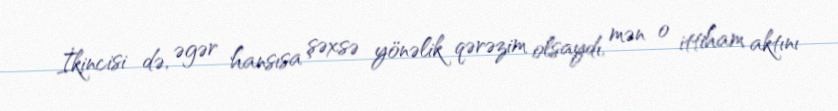
İkincisi də, əgər hansısa şəxsə yönəlik qərəzim olsaydı, mən o ittiham aktını